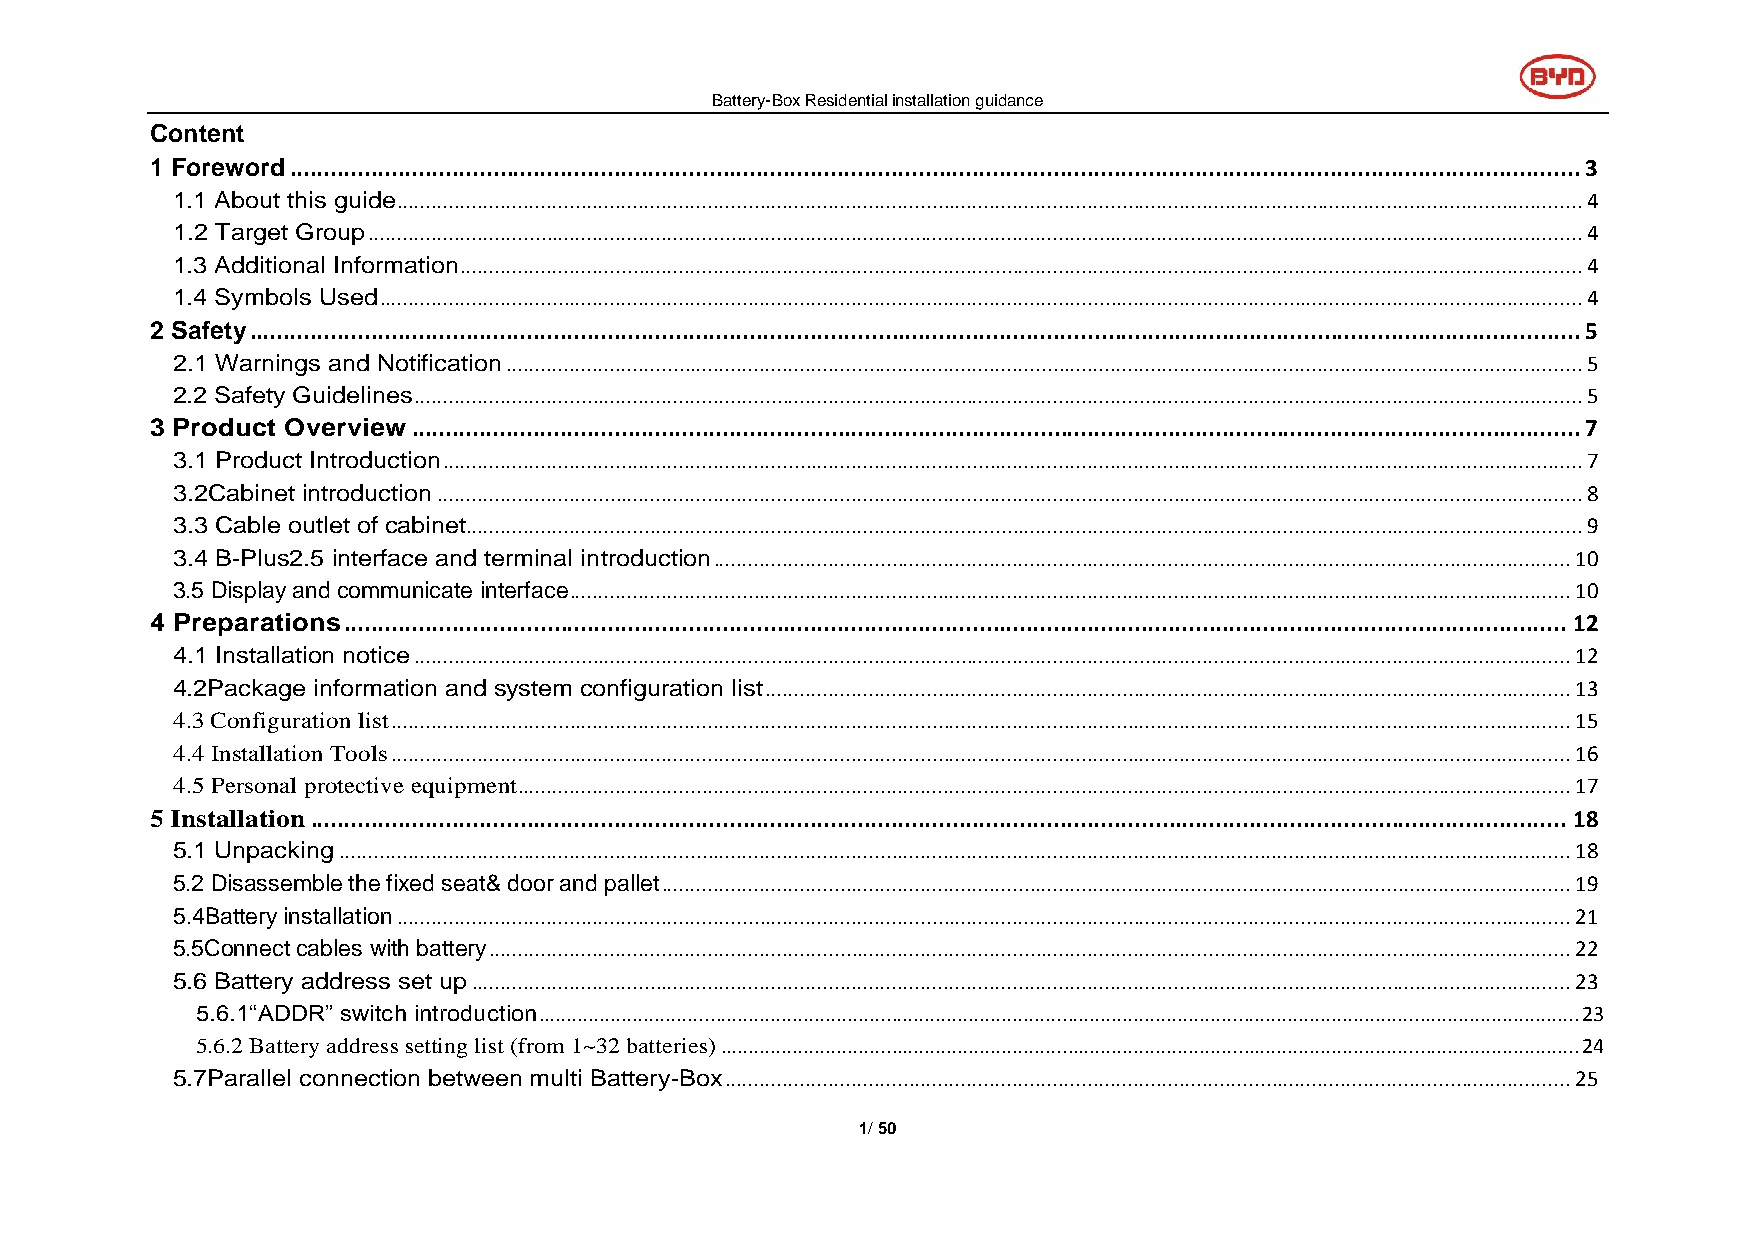
Battery-Box Residential installation guidance
 Content
 1 Foreword ............................................................................................................................................................................................... 3
 1.1 About this guide .............................................................................................................................................................................................................. 4
 1.2 Target Group ................................................................................................................................................................................................................... 4
 1.3 Additional Information ................................................................................................................................................................................................... 4
 1.4 Symbols Used ................................................................................................................................................................................................................. 4
 2 Safety ..................................................................................................................................................................................................... 5
 2.1 Warnings and Notification ........................................................................................................................................................................................... 5
 2.2 Safety Guidelines ........................................................................................................................................................................................................... 5
 3 Product Overview ............................................................................................................................................................................. 7
 3.1 Product Introduction ...................................................................................................................................................................................................... 7
 3.2Cabinet introduction ....................................................................................................................................................................................................... 8
 3.3 Cable outlet of cabinet.................................................................................................................................................................................................. 9
 3.4 B-Plus2.5 interface and terminal introduction ..................................................................................................................................................... 10
 3.5 Display and communicate interface .............................................................................................................................................................................. 10
 4 Preparations ..................................................................................................................................................................................... 12
 4.1 Installation notice ......................................................................................................................................................................................................... 12
 4.2Package information and system configuration list ............................................................................................................................................ 13
 4.3 Configuration list ............................................................................................................................................................................................................. 15
 4.4 Installation Tools ............................................................................................................................................................................................................. 16
 4.5 Personal protective equipment....................................................................................................................................................................................... 17
 5 Installation .......................................................................................................................................................................................... 18
 5.1 Unpacking ...................................................................................................................................................................................................................... 18
 5.2 Disassemble the fixed seat& door and pallet .............................................................................................................................................................. 19
 5.4Battery installation ............................................................................................................................................................................................................ 21
 5.5Connect cables with battery ............................................................................................................................................................................................ 22
 5.6 Battery address set up ............................................................................................................................................................................................... 23
 5.6.1“ADDR” switch introduction ............................................................................................................................................................................................. 23
 5.6.2 Battery address setting list (from 1~32 batteries) ............................................................................................................................................................ 24
 5.7Parallel connection between multi Battery-Box ................................................................................................................................................... 25
 1/ 50